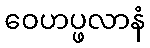
ဝေဟပ္ဖလာနံ